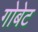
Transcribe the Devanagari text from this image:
गोबेट